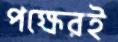
পক্ষেরই